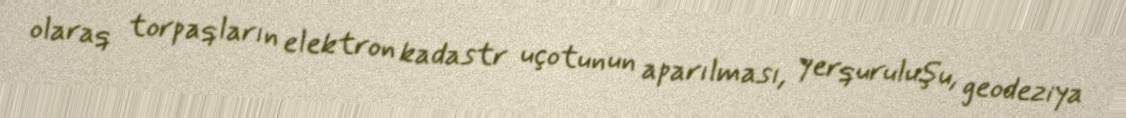
olaraq torpaqların elektron kadastr uçotunun aparılması, yerquruluşu, geodeziya